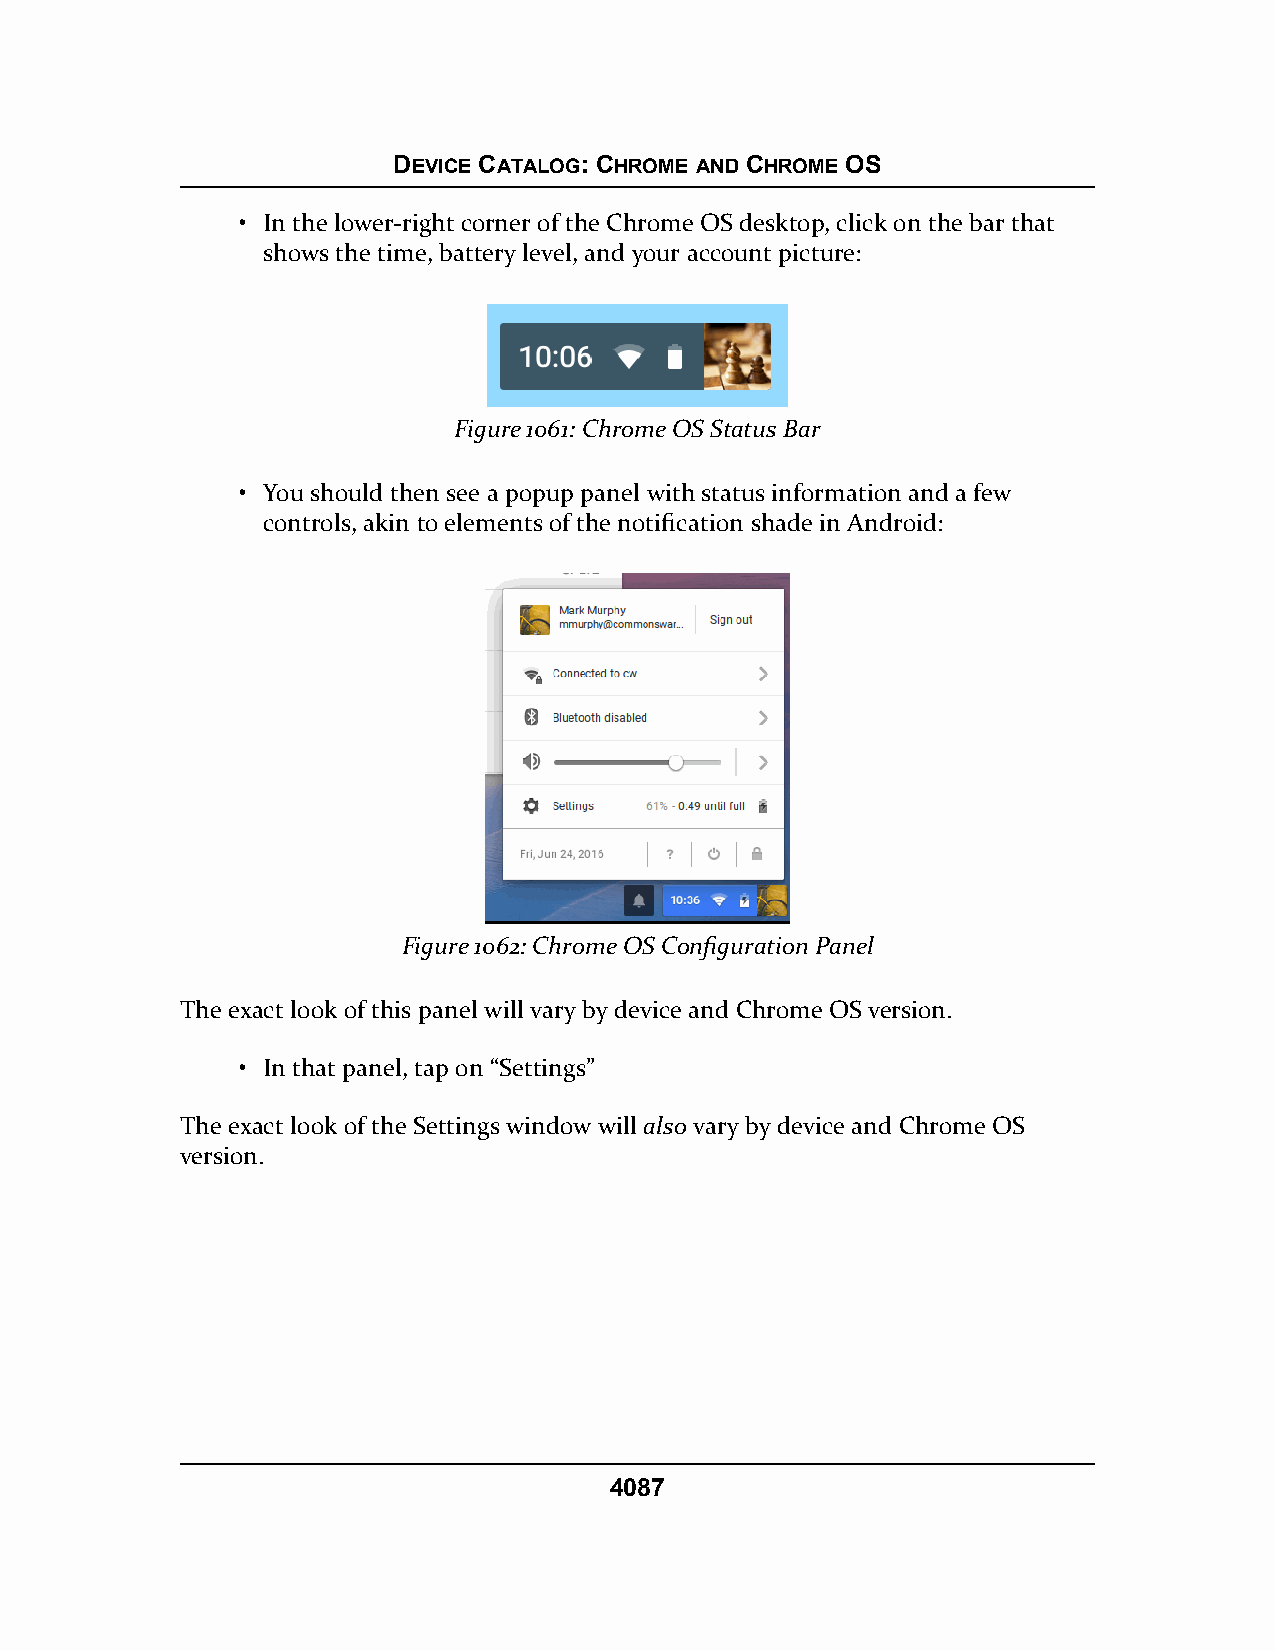
DEVICE CATALOG: CHROME AND CHROME OS
 • In the lower-right corner of the Chrome OS desktop, click on the bar that
 shows the time, battery level, and your account picture:
 Figure 1061: Chrome OS Status Bar
 • You should then see a popup panel with status information and a few
 controls, akin to elements of the notification shade in Android:
 Figure 1062: Chrome OS Configuration Panel
 The exact look of this panel will vary by device and Chrome OS version.
 • In that panel, tap on “Settings”
 The exact look of the Settings window will also vary by device and Chrome OS
 version.
 4087